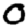
Digit: 0